Report of the Municipal Commissioner on the plague in Bombay for the year ending 31st May... - Volume 1
Disease focus: Plague
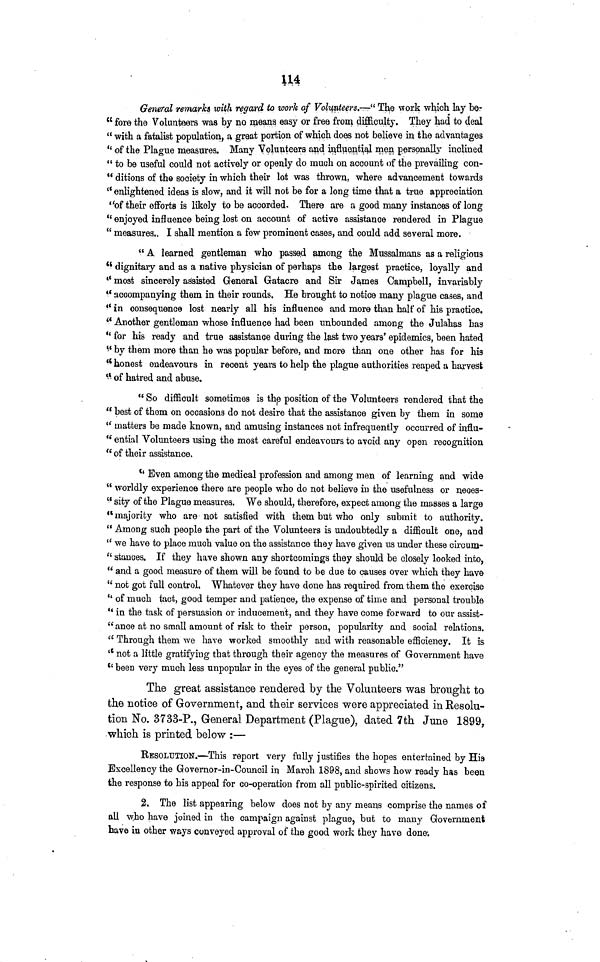
114
General remarks with regard to work of Volunteers.—" The work which lay ber
" fore the Volunteers was by no means easy or free from difficulty. They had to deal
" with a fatalist population, a great portion of which does not believe in the advantages
" of the Plague measures. Many Volunteers and influential men personally inclined
" to be useful could not actively or openly do much on account of the prevailing con-
" ditions of the society in which their lot was thrown, where advancement towards
" enlightened ideas is slow, and it will not be for a long time that a true appreciation
"of their efforts is likely to be accorded. There are a good many instances of long
"enjoyed influence being lost on account of active assistance rendered in Plague
" measures. I shall mention a few prominent cases, and could add several more.
" A learned gentleman who passed among the Mussalmans as a religious
" dignitary and as a native physician of perhaps the largest practice, loyally and
" most sincerely assisted General Gatacre and Sir James Campbell, invariably
" accompanying them in their rounds. He brought to notice many plague cases, and
" in consequence lost nearly all his influence and more than half of his practice.
" Another gentleman whose influence had been unbounded among the Julahas has
" for his ready and true assistance during the last two years' epidemics, been hated
" by them more than he was popular before, and more than one other has for his
" honest endeavours in recent years to help the plague authorities reaped a harvest
" of hatred and abuse.
" So difficult sometimes is the position of the Volunteers rendered that the
" best of them on occasions do not desire that the assistance given by them in some
" matters be made known, and amusing instances not infrequently occurred of influ-
" ential Volunteers using the most careful endeavours to avoid any open recognition
" of their assistance.
" Even among the medical profession and among men of learning and wide
" worldly experience there are people who do not believe in the usefulness or neoes-
" sity of the Plague measures. We should, therefore, expect among the masses a large
" majority who are not satisfied with them but who only submit to authority.
" Among such people the part of the Volunteers is undoubtedly a difficult one, and
" we have to place much value on the assistance they have given us under these circum-
" stances. If they have shown any shortcomings they should be closely looked into,
" and a good measure of them will be found to be due to causes over which they have
" not got full control. Whatever they have done has required from them the exercise
" of much tact, good temper and patience, the expense of time and personal trouble
" in the task of persuasion or inducement, and they have come forward to our assist-
" ance at no small amount of risk to their person, popularity and social relations.
" Through them we have worked smoothly and with reasonable efficiency. It is
" not a little gratifying that through their agency the measures of Government have
" been very much less unpopular in the eyes of the general public."
The great assistance rendered by the Volunteers was brought to
the notice of Government, and their services were appreciated in Resolu-
tion No. 3733-P., General Department (Plague), dated 7th June 1899,
which is printed below :—
RESOLUTION.—This report very fully justifies the hopes entertained by His
Excellency the Governor-in-Council in March 1898, and shows how ready has been
the response to his appeal for co-operation from all public-spirited citizens.
2. The list appearing below does not by any means comprise the names of
all who have joined in the campaign against plague, but to many Government
have in other ways conveyed approval of the good work they have done.